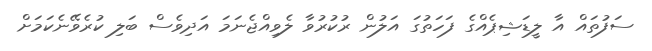
ސަފުތައް އާ ލީޑަޝިޕެއްގެ ފަހަތުގަ އަލުން ރުކުރުވާ ލެވިއްޖެނަމަ އަދިވެސް ބަލި ކުރެވޭނެކަމަށް